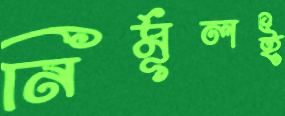
নির্মূলই